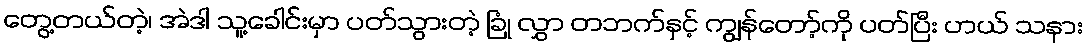
တွေ့တယ်တဲ့၊ အဲဒါ သူ့ခေါင်းမှာ ပတ်သွားတဲ့ ခြုံ လွှာ တဘက်နှင့် ကျွန်တော့်ကို ပတ်ပြီး ဟယ် သနား